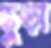
ছুড়া